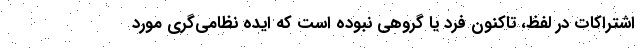
اشتراکات در لفظ، تاکنون فرد یا گروهی نبوده است که ایده نظامی‌گری مورد